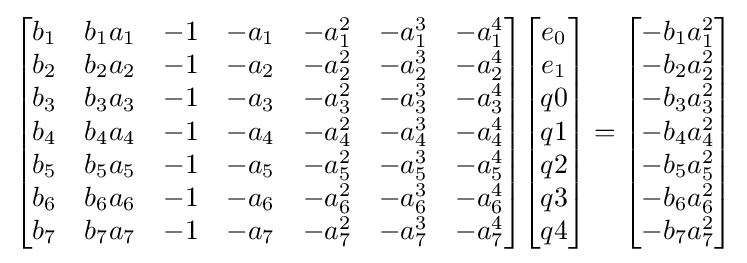
{\begin{bmatrix}b_{1}&b_{1}a_{1}&-1&-a_{1}&-a_{1}^{2}&-a_{1}^{3}&-a_{1}^{4}\\b_{2}&b_{2}a_{2}&-1&-a_{2}&-a_{2}^{2}&-a_{2}^{3}&-a_{2}^{4}\\b_{3}&b_{3}a_{3}&-1&-a_{3}&-a_{3}^{2}&-a_{3}^{3}&-a_{3}^{4}\\b_{4}&b_{4}a_{4}&-1&-a_{4}&-a_{4}^{2}&-a_{4}^{3}&-a_{4}^{4}\\b_{5}&b_{5}a_{5}&-1&-a_{5}&-a_{5}^{2}&-a_{5}^{3}&-a_{5}^{4}\\b_{6}&b_{6}a_{6}&-1&-a_{6}&-a_{6}^{2}&-a_{6}^{3}&-a_{6}^{4}\\b_{7}&b_{7}a_{7}&-1&-a_{7}&-a_{7}^{2}&-a_{7}^{3}&-a_{7}^{4}\\\end{bmatrix}}{\begin{bmatrix}e_{0}\\e_{1}\\q0\\q1\\q2\\q3\\q4\\\end{bmatrix}}={\begin{bmatrix}-b_{1}a_{1}^{2}\\-b_{2}a_{2}^{2}\\-b_{3}a_{3}^{2}\\-b_{4}a_{4}^{2}\\-b_{5}a_{5}^{2}\\-b_{6}a_{6}^{2}\\-b_{7}a_{7}^{2}\\\end{bmatrix}}